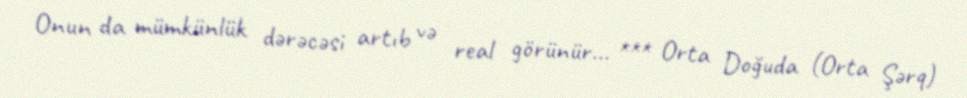
Onun da mümkünlük dərəcəsi artıb və real görünür... *** Orta Doğuda (Orta Şərq)